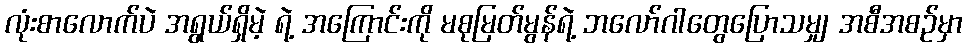
လုံးစာလောက်ပဲ အရွယ်ရှိမဲ့ ရဲ့ အကြောင်းကို မစုမြတ်မွန်ရဲ့ ဘလော်ဂါတွေပြောသမျှ အစီအစဉ်မှာ